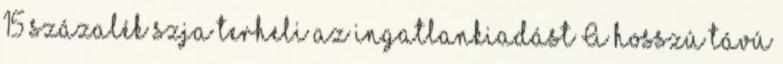
15 százalék szja terheli az ingatlankiadást A hosszú távú